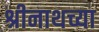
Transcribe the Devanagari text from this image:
श्रीनाथच्या